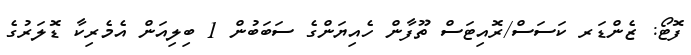
ފޮޓޯ: ޒެންޑަރ ކަސަސް/ރޮއިޓަސް ތޫފާން ހެއިޔަންގެ ސަބަބުން 1 ބިލިއަން އެމެރިކާ ޑޮލަރުގެ